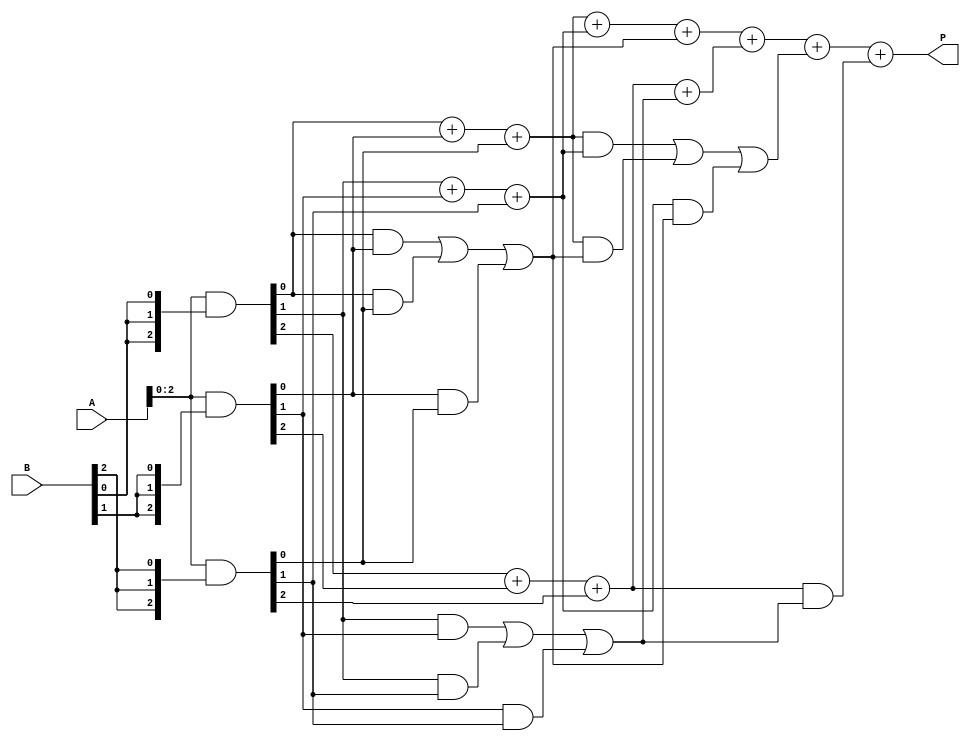
module dadda_multiplier (
    input [3:0] A, // 4-bit multiplicand
    input [3:0] B, // 4-bit multiplier
    output reg [7:0] P // 8-bit product
);

    // Partial products
    wire [3:0] pp0 = A & {4{B[0]}};
    wire [3:0] pp1 = A & {4{B[1]}};
    wire [3:0] pp2 = A & {4{B[2]}};
    wire [3:0] pp3 = A & {4{B[3]}};

    // Stage 1: Reduction tree
    wire [4:0] s1_0, s1_1, s1_2; // Sum and carry for stage 1
    wire [4:0] c1_0, c1_1, c1_2; // Carry for stage 1

    // Grouping partial products into sets of three
    assign s1_0 = pp0[0] + pp1[0] + pp2[0]; // First column
    assign s1_1 = pp0[1] + pp1[1] + pp2[1]; // Second column
    assign s1_2 = pp0[2] + pp1[2] + pp2[2]; // Third column

    // Carry propagation for stage 1
    assign c1_0 = (pp0[0] & pp1[0]) | (pp0[0] & pp2[0]) | (pp1[0] & pp2[0]);
    assign c1_1 = (pp0[1] & pp1[1]) | (pp0[1] & pp2[1]) | (pp1[1] & pp2[1]);
    assign c1_2 = (pp0[2] & pp1[2]) | (pp0[2] & pp2[2]) | (pp1[2] & pp2[2]);

    // Stage 2: Further reduction
    wire [4:0] s2_0, s2_1; // Sum for stage 2
    wire [4:0] c2_0, c2_1; // Carry for stage 2

    assign s2_0 = s1_0 + s1_1 + c1_0; // First column sum
    assign s2_1 = s1_2 + c1_1; // Second column sum

    assign c2_0 = (s1_0 & s1_1) | (s1_0 & c1_0) | (s1_1 & c1_0);
    assign c2_1 = (s1_2 & c1_1);

    // Final stage: Add the last two rows
    always @(*) begin
        // Final sum
        P = s2_0 + s2_1 + c2_0 + c2_1;
    end

endmodule